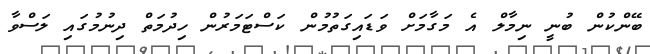
ބޭންކުން ބުނީ ނިމާލް އެ މަގާމަށް ވަޑައިގަތުމުން ކަސްޓަމަރުން ހިދުމަތް ދިނުމުގައި ލަސްވާ